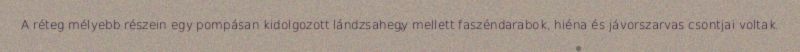
A réteg mélyebb részein egy pompásan kidolgozott lándzsahegy mellett faszéndarabok, hiéna és jávorszarvas csontjai voltak.